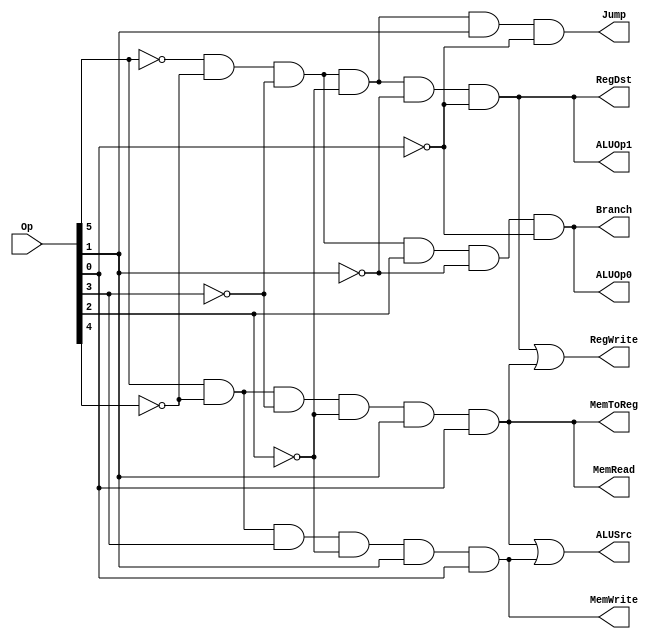
module  MainControlUnit(RegDst, Jump, ALUSrc, MemToReg, RegWrite, MemRead, MemWrite, Branch, ALUOp0, ALUOp1, Op);
  output  RegDst, Jump, ALUSrc, MemToReg, RegWrite, MemRead, MemWrite, Branch, ALUOp0, ALUOp1;
  input [5:0] Op;
  wire  RFormat, LW, SW, BEQ, J;
  assign  RFormat = (~Op[5])&(~Op[4])&(~Op[3])&(~Op[2])&(~Op[1])&(~Op[0]);
  assign  LW = (Op[5])&(~Op[4])&(~Op[3])&(~Op[2])&(Op[1])&(Op[0]);
  assign  SW = (Op[5])&(~Op[4])&(Op[3])&(~Op[2])&(Op[1])&(Op[0]);
  assign  BEQ = (~Op[5])&(~Op[4])&(~Op[3])&(Op[2])&(~Op[1])&(~Op[0]);
  assign  J = (~Op[5])&(~Op[4])&(~Op[3])&(~Op[2])&(Op[1])&(~Op[0]);
  assign  Jump = J;
  assign  RegDst = RFormat;
  assign  ALUSrc = LW | SW;
  assign  MemToReg = LW;
  assign  RegWrite = RFormat | LW;
  assign  MemRead = LW;
  assign  MemWrite = SW;
  assign  Branch = BEQ;
  assign  ALUOp0 = BEQ;
  assign  ALUOp1 = RFormat;
endmodule